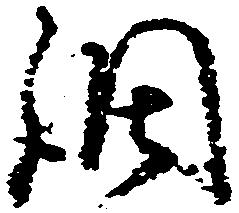
調